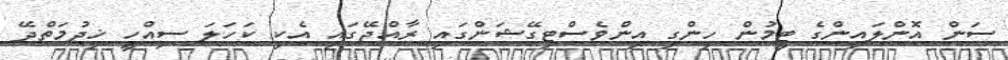
ސަން އޮންލައިންގެ ޓީމުން ހިންގި އިންވެސްޓިގޭޝަންގައި ރާއްޖޭގައި އެކި ކަހަލަ ސިއްހީ ޚިދުމަތްދޭ